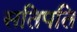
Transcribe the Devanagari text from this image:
सतिपति